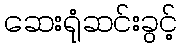
ဆေးရုံဆင်းခွင့်